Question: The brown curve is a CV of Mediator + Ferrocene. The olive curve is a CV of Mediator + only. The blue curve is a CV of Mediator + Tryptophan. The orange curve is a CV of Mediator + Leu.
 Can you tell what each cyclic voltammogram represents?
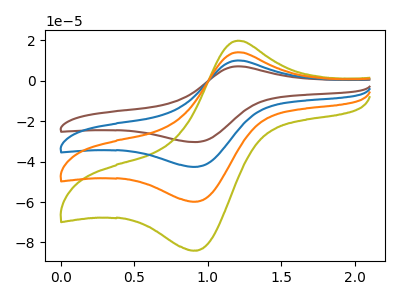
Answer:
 <answer>The brown curve is labeled "Mediator + Ferrocene". The olive curve is labeled "Mediator + only". The blue curve is labeled "Mediator + Tryptophan". The orange curve is labeled "Mediator + Leu".</answer>
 <eval></eval>